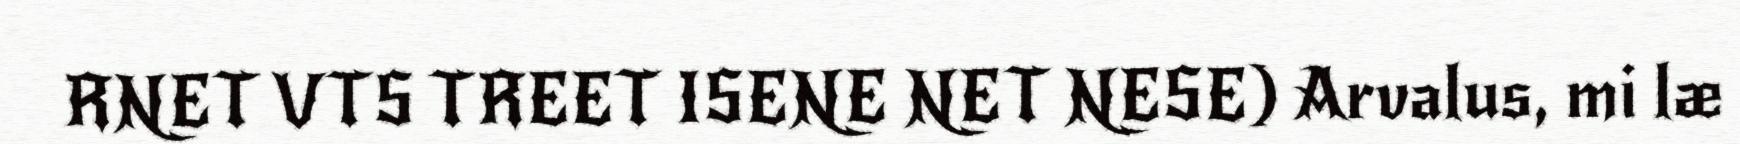
RNET VTS TREET ISENE NET NESE) Arvalus, mi læ